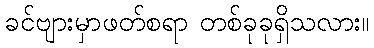
ခင်ဗျားမှာဖတ်စရာ တစ်ခုခုရှိသလား။